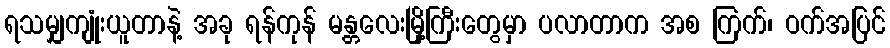
ရသမျှကျုံးယူတာနဲ့ အခု ရန်ကုန် မန္တလေးမြို့ကြီးတွေမှာ ပလာတာက အစ ကြက်၊ ဝက်အပြင်